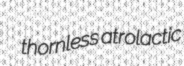
thornless atrolactic